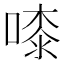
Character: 𠻟